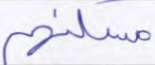
مسكنهم